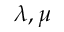
\lambda , \mu